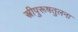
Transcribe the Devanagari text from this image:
स्त्रीपुरूषतुलना